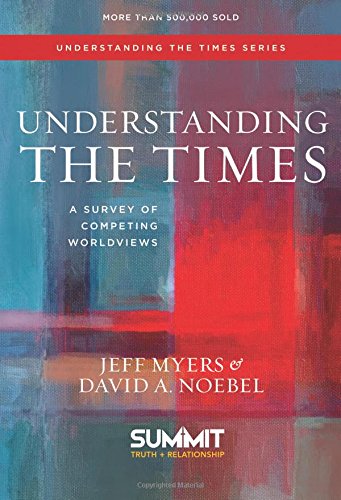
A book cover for Understanding the Times: A Survey of Competing Worldviews; Dr. Jeff Myers; Christian Books & Bibles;